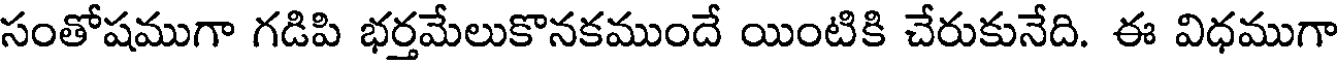
సంతోషముగా గడిపి భర్తమేలుకొనకముందే యింటికి చేరుకునేది. ఈ విధముగా